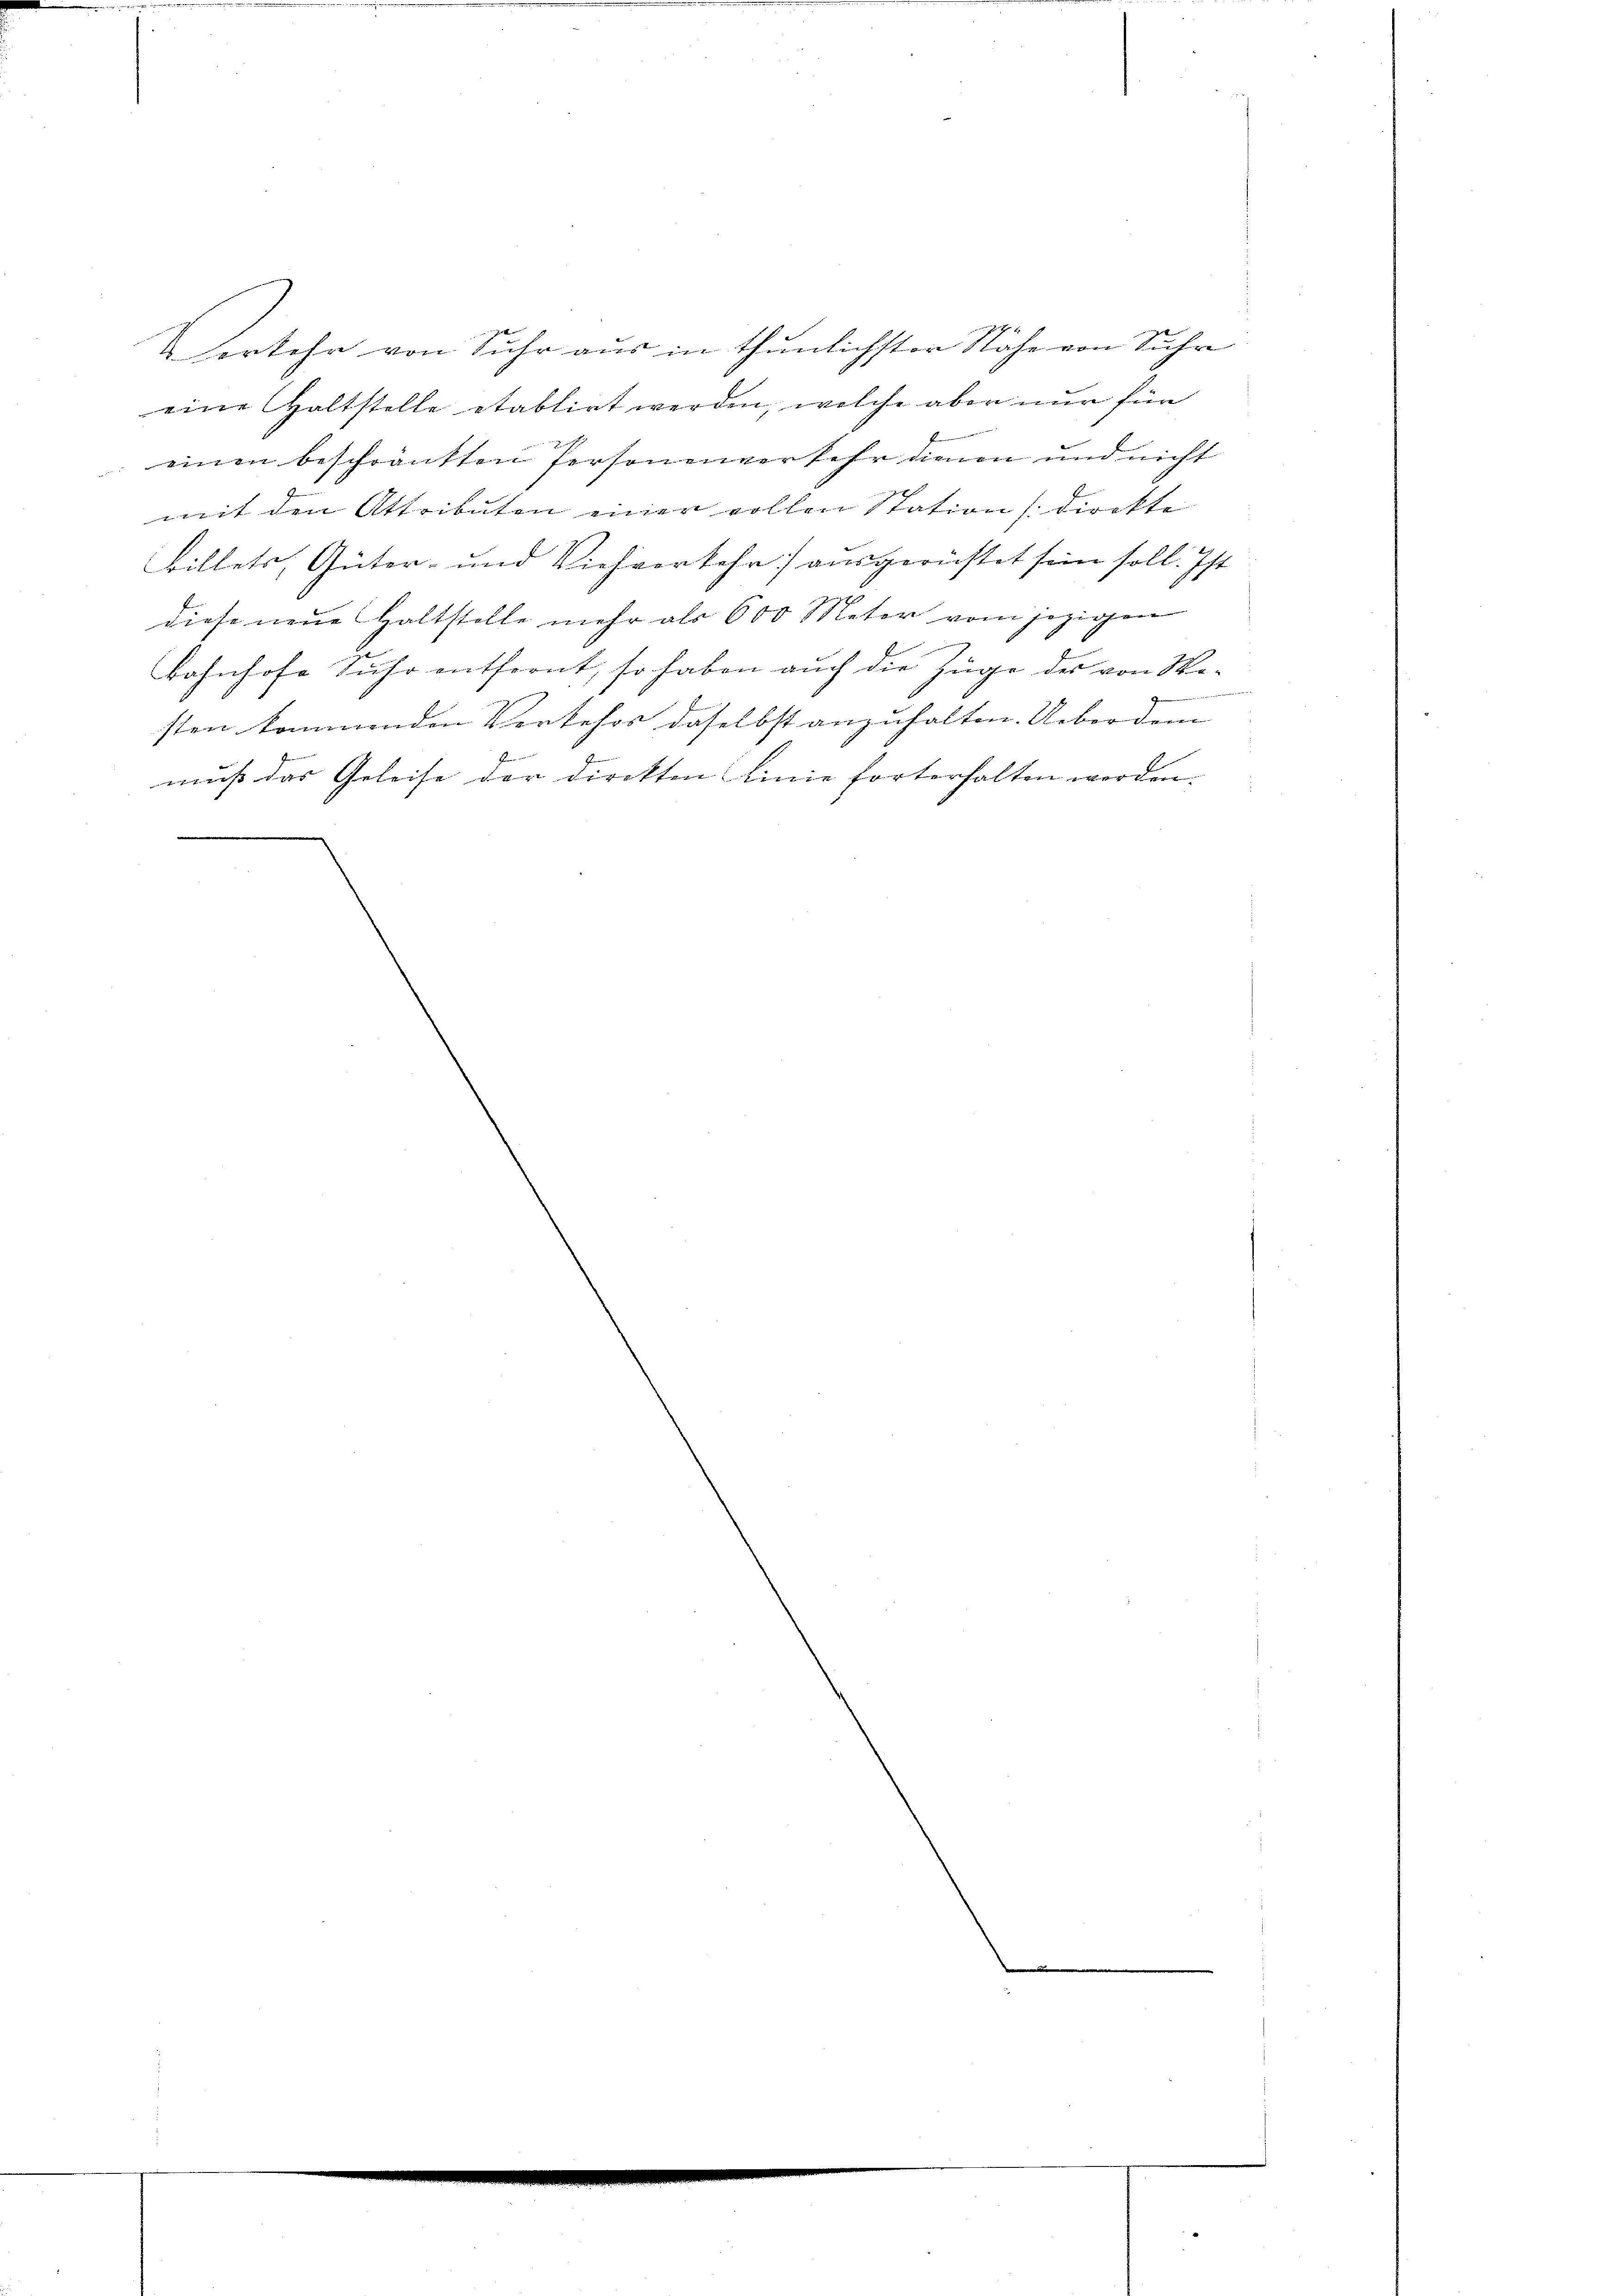
muss das Geleise der Direkten Linie forterhalten worden. |
.

4
Verkehr von Suhr aus in thunlichster Nahe von Suhr
eine Haltstelle etablirt werden, welche aber nur für
f
: einen beschränkten Personenverkehr dienen und nicht
mit den Attributen einer vollen Station (direkte
billets, Güter- und Viehverkehr] ausgerichtet sein soll. Ist
diese neue Haltstelle mehr als 600 Meter vom jezigen
Bahnhofe Suhr entfernt, so haben auch die Züge des von Wie-

E
sten kommenden Verkehrs daselbst anzuhalten. Ueber dem